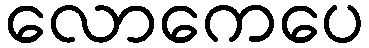
လောကေပေ